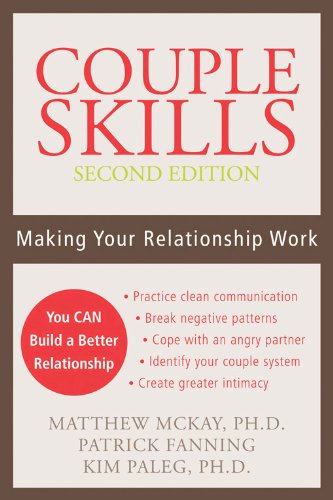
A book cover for Couple Skills: Making Your Relationship Work; Matthew McKay PhD; Parenting & Relationships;